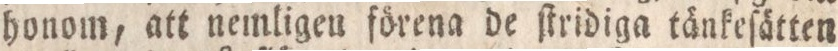
honom, att nemligen förena de ſtridiga tänkeſätten